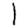
Digit: 1